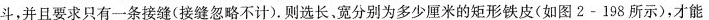
斗，并且要求只有一条接缝(接缝忽略不计)。则选长，宽分别为多少厘米的矩形铁皮(如图2-198所示)，才能